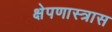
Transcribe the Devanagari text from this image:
क्षेपणास्त्रास